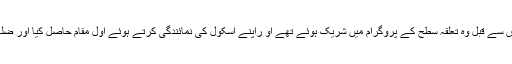
اسکول کے ذمہ داروں نے فکروخبر کو بتایا کہ اس سے قبل وہ تعلقہ سطح کے پروگرام میں شریک ہوئے تھے او راپنے اسکول کی نمائندگی کرتے ہوئے اول مقام حاصل کیا اور ضلعی سطح کے مقابلوں کے لیے منتخب ہوئے تھے۔